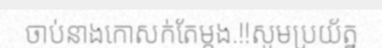
ចាប់នាងកោសក់តែម្តង.!!សូមប្រយ័ត្ន